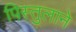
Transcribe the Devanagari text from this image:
पिस्तुलाने